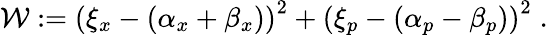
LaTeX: \begin{array}{r}{\mathcal{W}:=\left(\xi_{x}-(\alpha_{x}+\beta_{x})\right)^{2}+\left(\xi_{p}-(\alpha_{p}-\beta_{p})\right)^{2}\; .}\end{array}